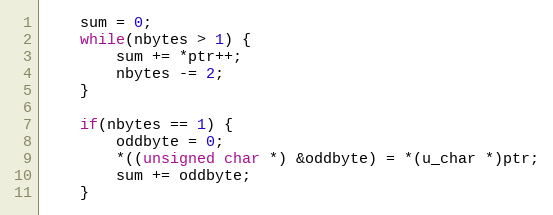
Language: C
    sum = 0;
    while(nbytes > 1) {
        sum += *ptr++;
        nbytes -= 2;
    }

    if(nbytes == 1) {
        oddbyte = 0;
        *((unsigned char *) &oddbyte) = *(u_char *)ptr;
        sum += oddbyte;
    }